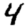
Digit: 4